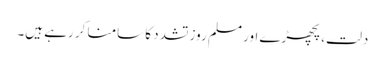
دلت، پچھڑے اور مسلم روز تشدد کا سامنا کر رہے ہیں۔